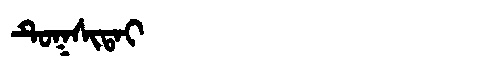
Manchu: ᡨᡠᡴᠰᡳᡨᠠᡳ
Romanization: TUKSITAI